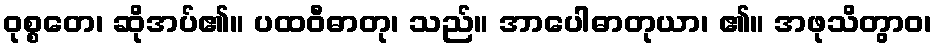
ဝုစ္စတေ၊ ဆိုအပ်၏။ ပထဝီဓာတု၊ သည်။ အာပေါဓာတုယာ၊ ၏။ အဖုသိတွာဝ၊